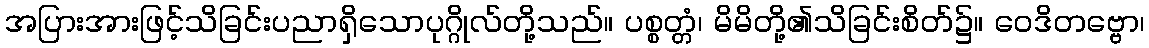
အပြားအားဖြင့်သိခြင်းပညာရှိသောပုဂ္ဂိုလ်တို့သည်။ ပစ္စတ္တံ၊ မိမိတို့၏သိခြင်းစိတ်၌။ ဝေဒိတဗ္ဗော၊